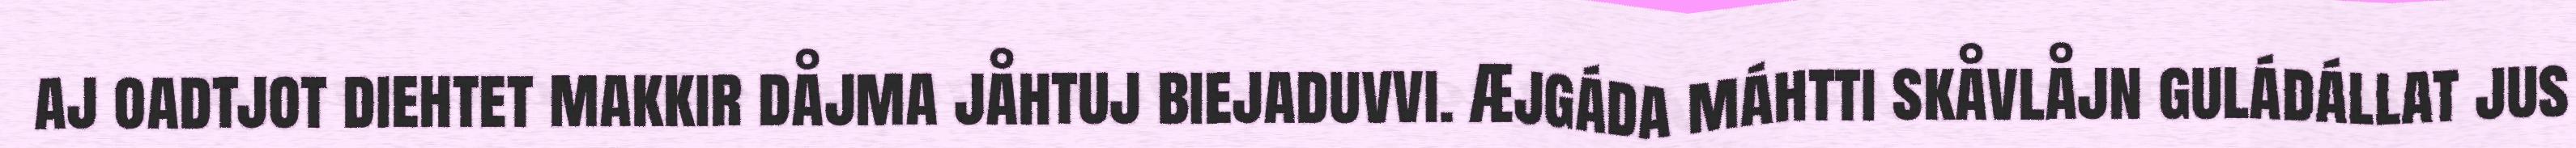
aj oadtjot diehtet makkir dåjma jåhtuj biejaduvvi. Æjgáda máhtti skåvlåjn guládállat jus